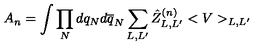
A _ { n } = \int \prod _ { N } d q _ { N } d \overline { q } _ { N } \sum _ { L , L ^ { \prime } } \hat { Z } _ { L , L ^ { \prime } } ^ { ( n ) } < V > _ { L , L ^ { \prime } }